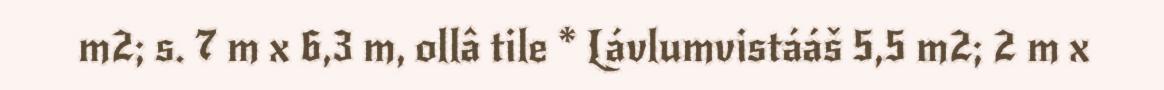
m2; s. 7 m x 6,3 m, ollâ tile * Lávlumvistááš 5,5 m2; 2 m x